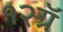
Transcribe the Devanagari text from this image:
१२ग्रॅ